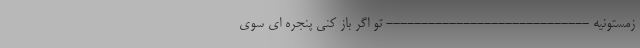
زمستونیه ----------------------------- تو اگر باز کنی پنجره ای سوی